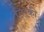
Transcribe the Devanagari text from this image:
तिरकी